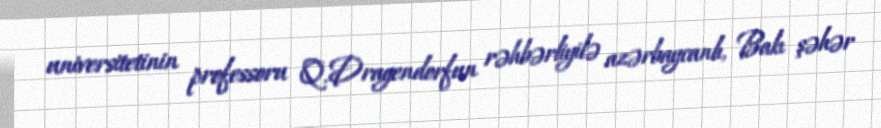
universitetinin professoru Q.Dragendorfun rəhbərliyilə azərbaycanlı, Bakı şəhər